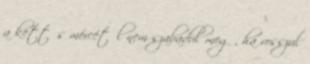
a kettős mércétől nem szabadul meg , ha rosszul